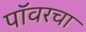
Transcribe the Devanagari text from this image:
पॉवरचा